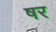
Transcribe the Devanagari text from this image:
षर